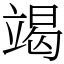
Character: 竭